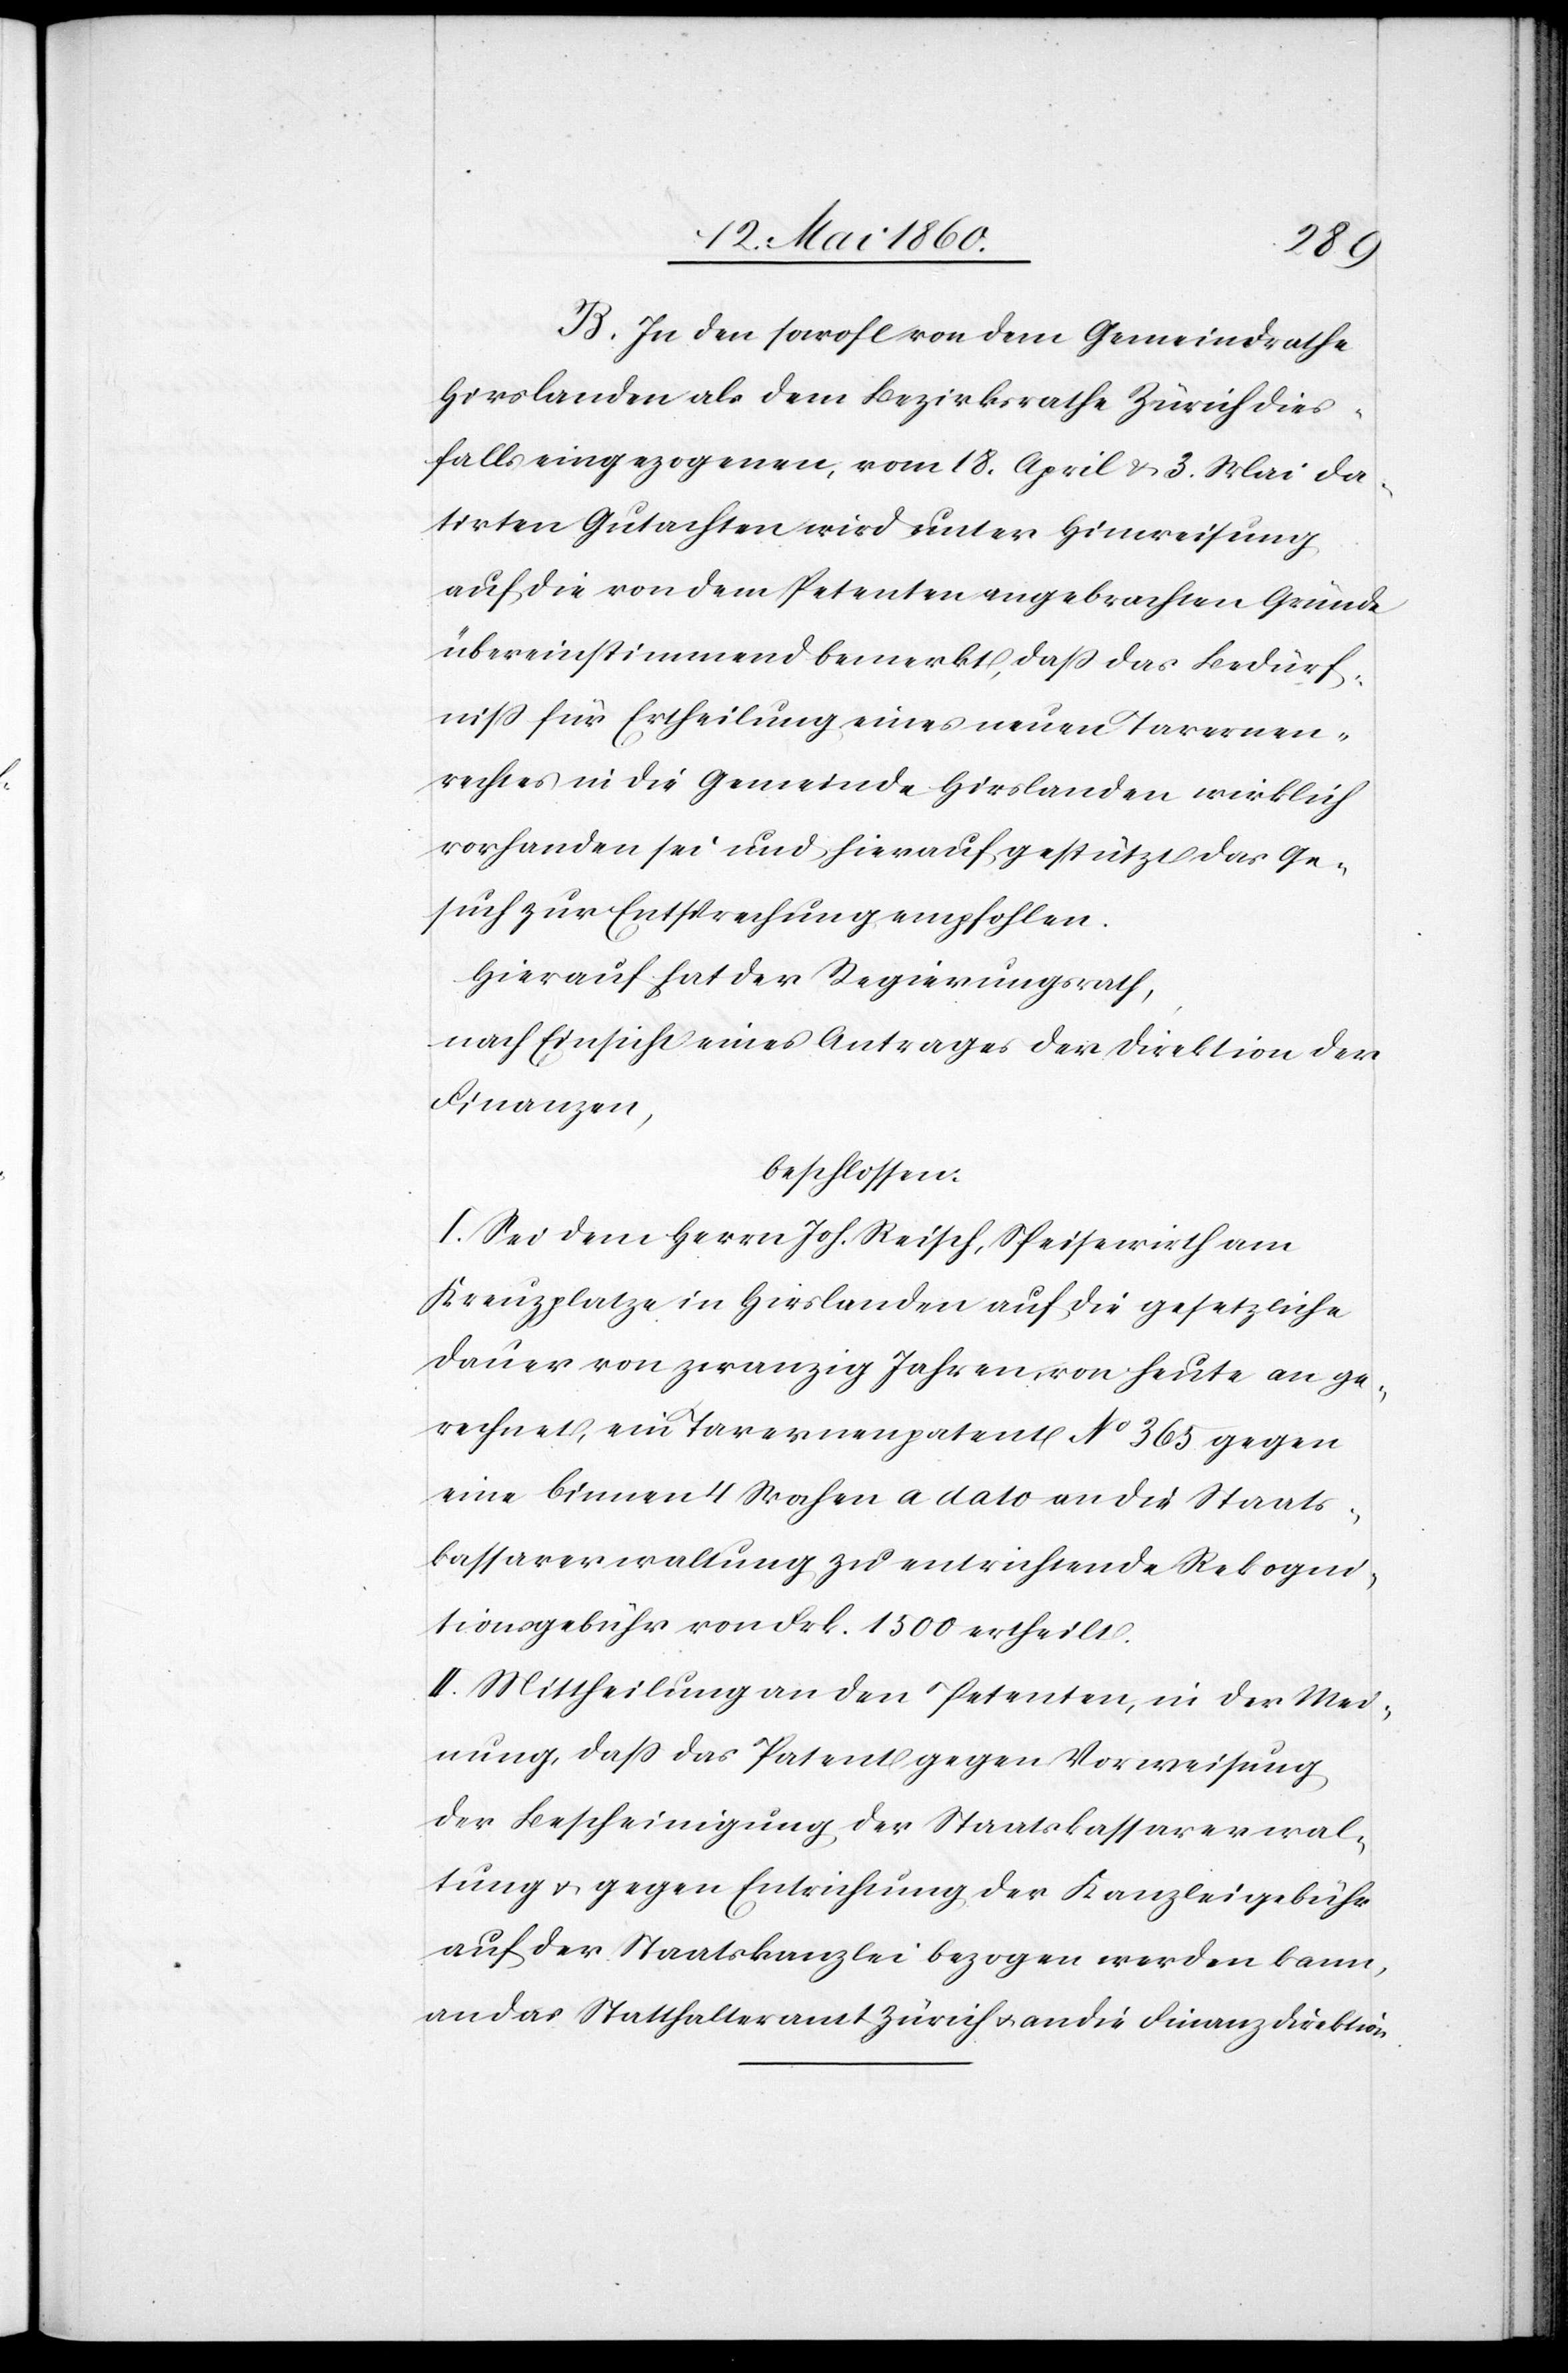
B. In den sowohl von dem Gemeindrathe
Hirslanden als dem Bezirksrathe Zürich dies¬
falls eingezogenen, vom 18. April u. 3. Mai da¬
tirten Gutachten wird unter Hinweisung
auf die von dem Petenten angebrachten Gründe
übereinstimmend bemerkt, dass das Bedürf¬
niss für Ertheilung eines neuen Tavernen¬
rechtes in die Gemeinde Hirslanden wirklich
vorhanden sei und hierauf gestützt das Ge¬
such zur Entsprechung empfohlen.
Hierauf hat der Regierungsrath,
nach Einsicht eines Antrages der Direktion der
Finanzen,
beschlossen:
I. Sei dem Herrn Joh. Reisch, Speisewirth am
Kreuzplatze in Hirslanden auf die gesetzliche
Dauer von zwanzig Jahren, von heute an ge¬
rechnet, ein Tavernenpatent No 365 gegen
eine binnen 4 Wochen a dato an die Staats¬
kassaverwaltung zu entrichtende Rekogni¬
tionsgebühr von Frk. 1500 ertheilt.
II. Mittheilung an den Petenten, in der Mei¬
nung, dass das Patent gegen Vorweisung
der Bescheinigung der Staatskassaverwal¬
tung u. gegen Entrichtung der Kanzleigebühr
auf der Staatskanzlei bezogen werden kann,
an das Statthalteramt Zürich u. an die Finanzdirektion.